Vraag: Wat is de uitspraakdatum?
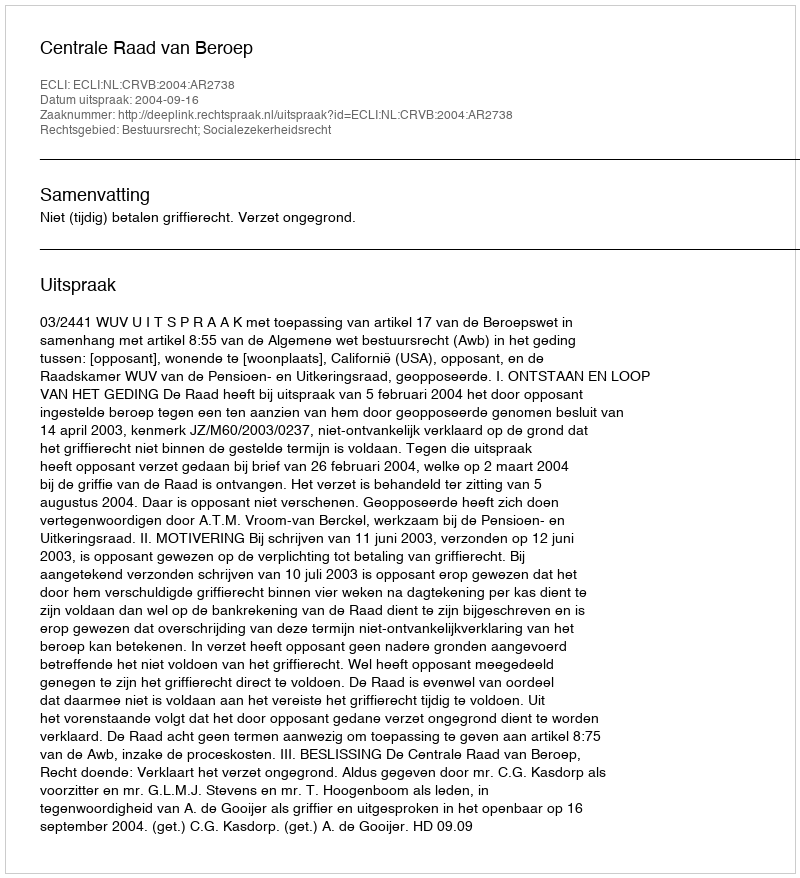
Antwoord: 2004-09-16